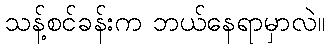
သန့်စင်ခန်းက ဘယ်နေရာမှာလဲ။